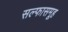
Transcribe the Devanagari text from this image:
सल्फासमूह